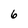
Character: 6